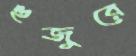
হুজুরে